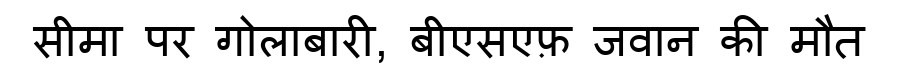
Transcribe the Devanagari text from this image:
सीमा पर गोलाबारी, बीएसएफ़ जवान की मौत